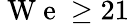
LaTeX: \mathrm{~W~e~}\geq 21